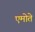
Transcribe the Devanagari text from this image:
एमोते